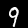
Label: 9